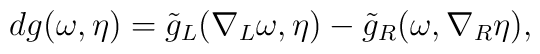
d g(\omega, \eta) = \tilde{g}_L( \nabla_L\omega, \eta) - \tilde{g}_R(\omega,\nabla_R\eta),